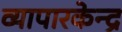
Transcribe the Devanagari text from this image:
व्यापारकेन्द्र